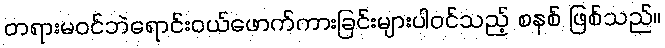
တရားမဝင်ဘဲရောင်းဝယ်ဖောက်ကားခြင်းများပါဝင်သည့် စနစ် ဖြစ်သည်။